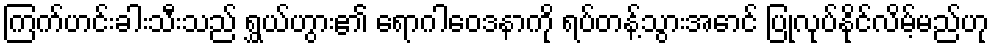
ကြက်ဟင်းခါးသီးသည် ရွှယ်ဟွား၏ ရောဂါဝေဒနာကို ရပ်တန့်သွားအောင် ပြုလုပ်နိုင်လိမ့်မည်ဟု